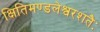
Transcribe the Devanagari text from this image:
क्षितिमण्डलेश्वरशतैः